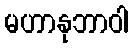
မဟာနုဘာဝါ